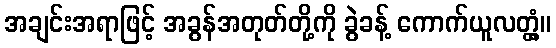
အချင်းအရာဖြင့် အခွန်အတုတ်တို့ကို ခွဲခန့် ကောက်ယူလတ္တံ့။